Civil Veterinary Dept. Assam report 1911-1927 - 1911-1927
Year: 1911
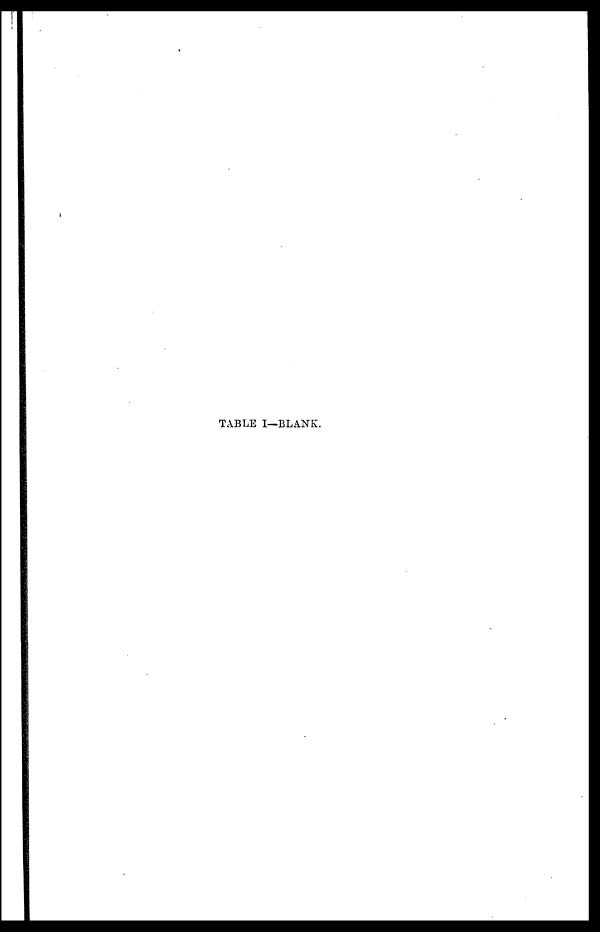
TABLE I—BLANK.